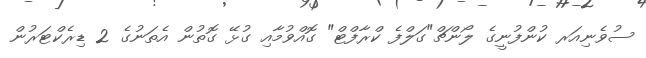
ސުވެނިއަރ ކުންފުނީގެ ލޯންޗް"ގަލްފެ ކްރާފްޓް" ގޮއްވުމާއި ގުޅޭ ގޮތުން އެތަނުގެ 2 ޑިރެކްޓަރުން